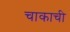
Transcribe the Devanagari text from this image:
चाकाची